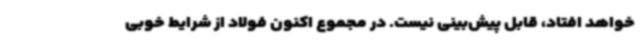
خواهد افتاد، قابل پیش‌بینی نیست. در مجموع اکنون فولاد از شرایط خوبی